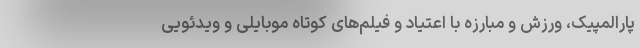
پارالمپیک، ورزش و مبارزه با اعتیاد و فیلم‌های كوتاه موبایلی و ویدئویی